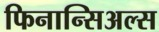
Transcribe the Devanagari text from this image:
फिनान्सिअल्स